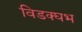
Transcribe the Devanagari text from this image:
विडक्घभ